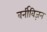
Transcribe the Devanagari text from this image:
बर्नीविज़न